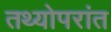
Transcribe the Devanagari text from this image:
तथ्योपरांत